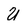
Character: U